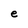
Character: e